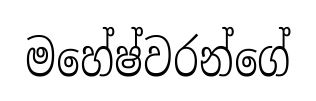
මහේෂ්වරන්ගේ